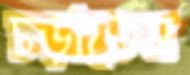
চড়াতেম